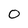
Character: 0